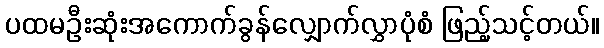
ပထမဦးဆုံးအကောက်ခွန်လျှောက်လွှာပုံစံ ဖြည့်သင့်တယ်။